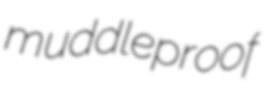
muddleproof